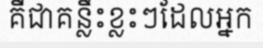
គឺជាគន្លឹះខ្លះៗដែលអ្នក